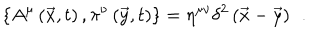
LaTeX: \left\{ A ^ { \mu } \left( \vec { x } , t \right) , \pi ^ { \nu } \left( \vec { y } , t \right) \right\} = \eta ^ { \mu \nu } \delta ^ { 2 } \left( \vec { x } - \vec { y } \right) \; \, .